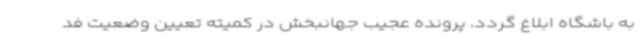
به باشگاه ابلاغ گردد. پرونده عجیب جهانبخش در کمیته تعیین وضعیت فد